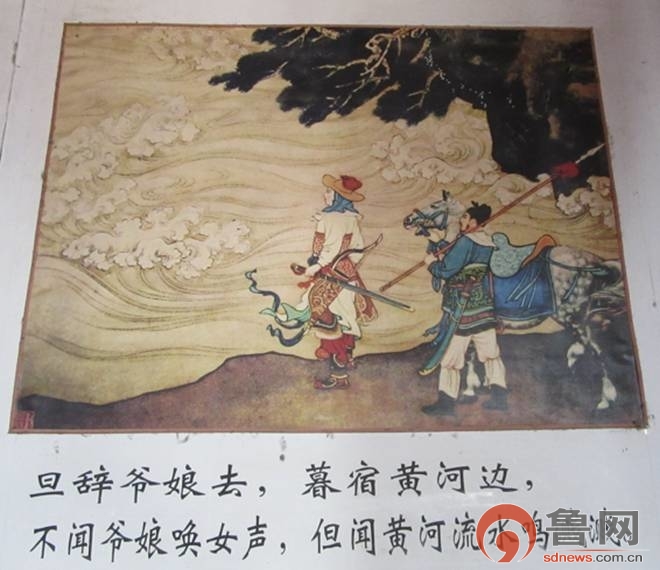
不闻爷娘唤女声，但闻黄河流水鸣溅溅。